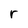
Character: r